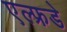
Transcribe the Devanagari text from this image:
एल्फ्रडे